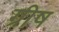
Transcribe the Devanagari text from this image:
ग्रीष